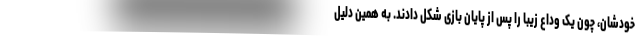
خودشان، چون یک وداع زیبا را پس از پایان بازی شکل دادند. به همین دلیل